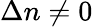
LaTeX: \Delta n\neq 0